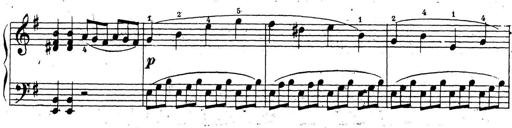
Title: 10 Sonatinas
Composer: Fritz Spindler